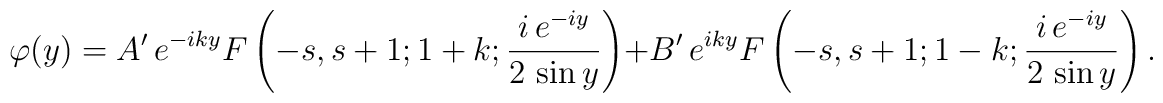
\varphi(y)=A'\,e^{-iky}F\left(-s,s+1;1+k;\frac{i\,e^{-iy}}{2\,\sin y}\right)+B'\,e^{iky}F\left(-s,s+1;1-k;\frac{i\,e^{-iy}}{2\,\sin y}\right).